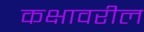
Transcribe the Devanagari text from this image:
कक्षावरील